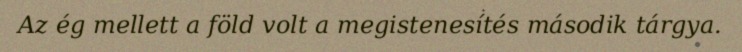
Az ég mellett a föld volt a megistenesítés második tárgya.